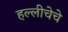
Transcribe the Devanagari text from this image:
हल्लीचेचे